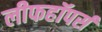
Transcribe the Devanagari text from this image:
लीफहॉपर्स